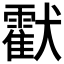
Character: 𤣅